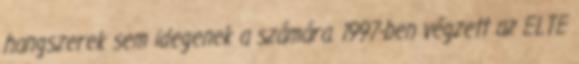
hangszerek sem idegenek a számára. 1997-ben végzett az ELTE